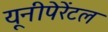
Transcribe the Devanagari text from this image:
यूनीपेरेंटल